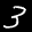
Label: 3